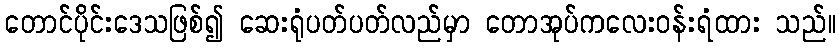
တောင်ပိုင်းဒေသဖြစ်၍ ဆေးရုံပတ်ပတ်လည်မှာ တောအုပ်ကလေးဝန်းရံထား သည်။